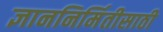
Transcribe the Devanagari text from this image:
ज्ञाननिर्मितीसाठी